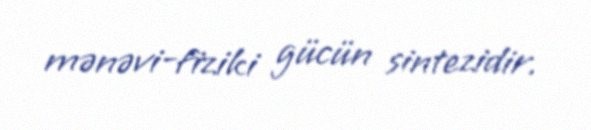
mənəvi-fiziki gücün sintezidir.